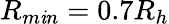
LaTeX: R_{m\mathit{i}n}=0.7R_{h}